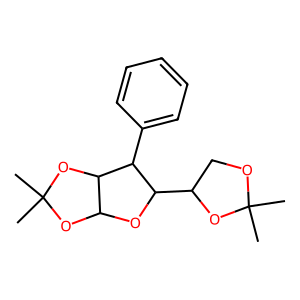
SMILES: CC1(C)OCC(C2OC3OC(C)(C)OC3C2c2ccccc2)O1
Inhibits HIV replication: No